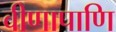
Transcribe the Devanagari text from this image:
वीणापाणि